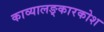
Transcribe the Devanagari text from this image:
काव्यालङ्कारकोश